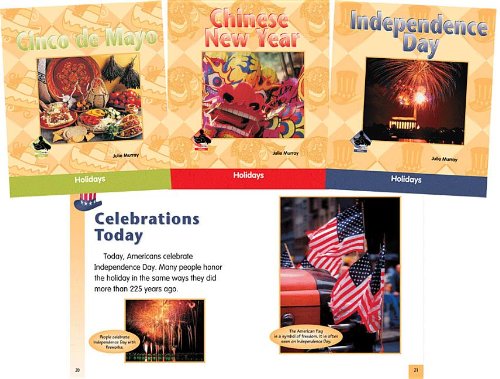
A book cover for Holidays Set: Chinese New Year / Cinco De Mayo / Columbus Day / Independence Day / Martin Luther King Jr. Day / President's Day; Julie Murray; Children's Books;